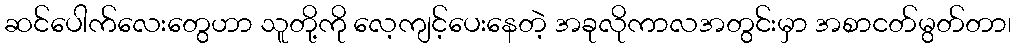
ဆင်ပေါက်လေးတွေဟာ သူတို့ကို လေ့ကျင့်ပေးနေတဲ့ အခုလိုကာလအတွင်းမှာ အစာငတ်မွတ်တာ၊